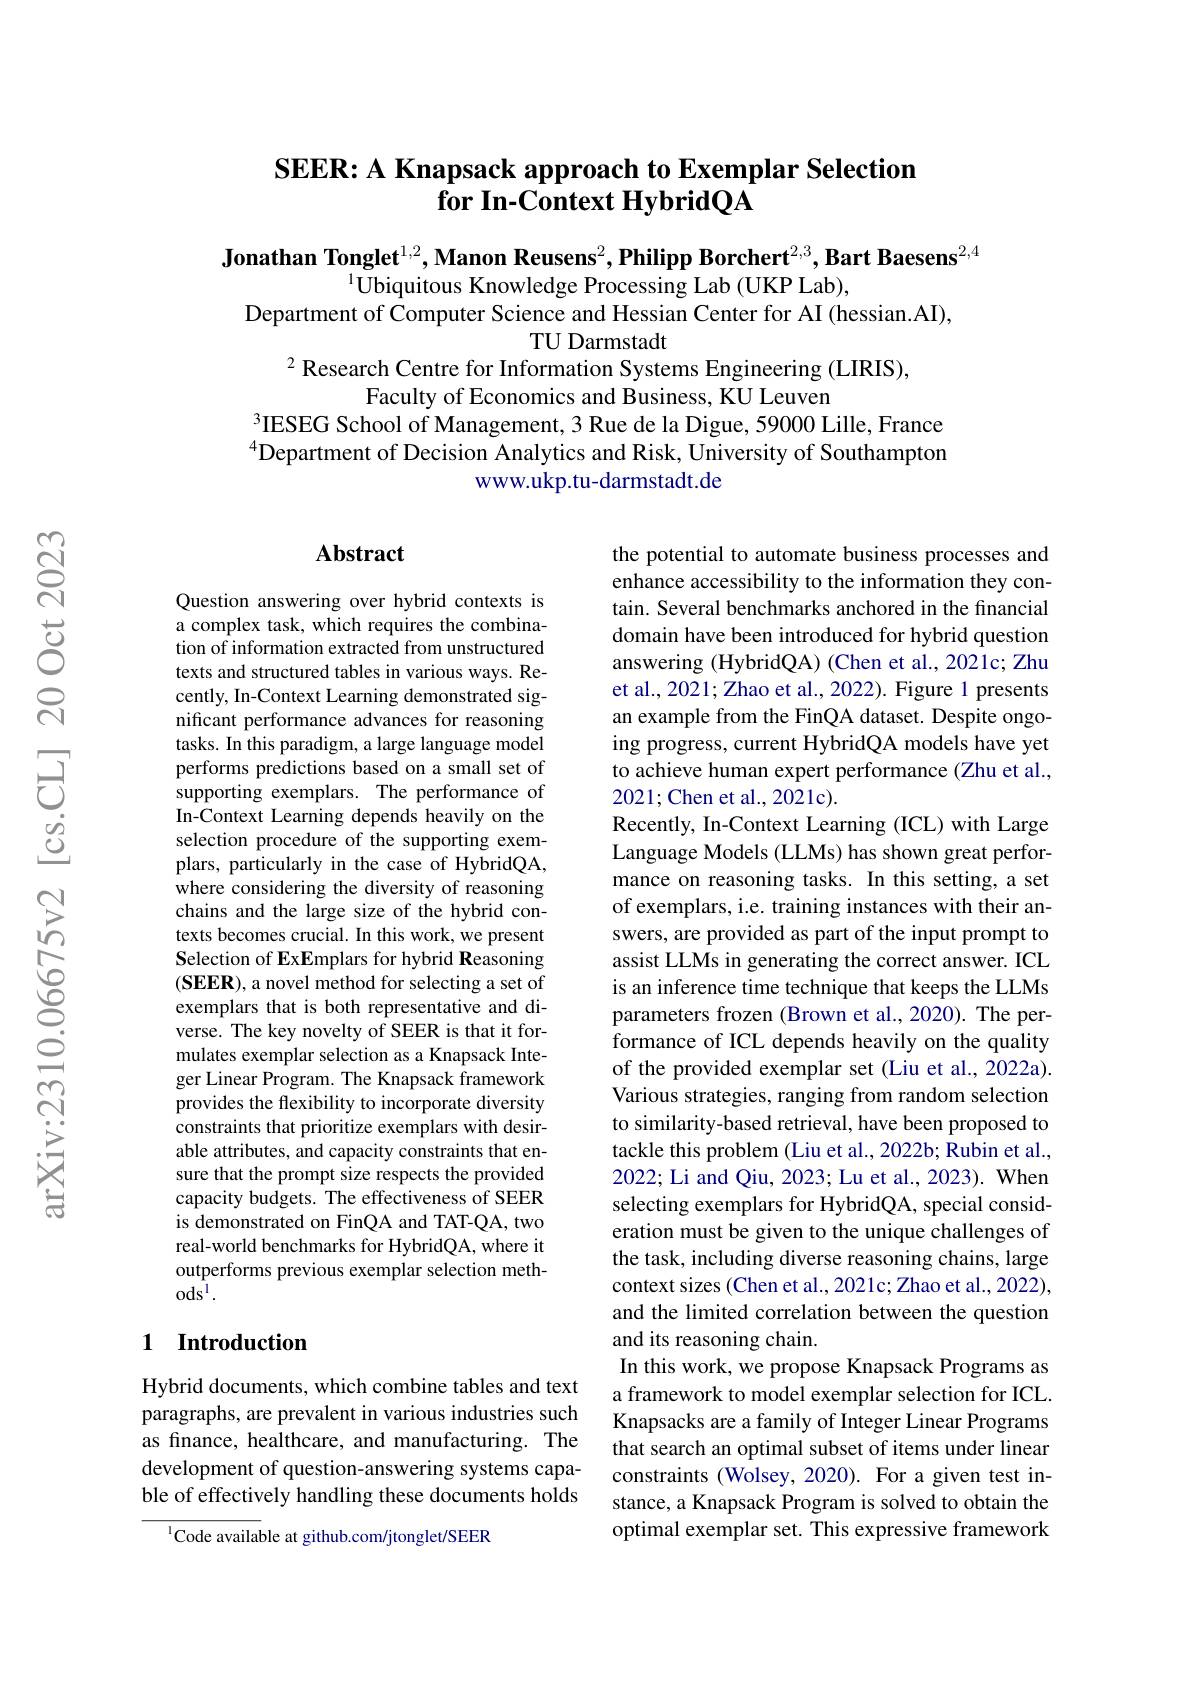
# SEER: A Knapsack approach to Exemplar Selection $\textbf{for In- Context HybridQA}$

Jonathan Tonglet$^1,2$,Manon Reusens$^2,\textbf{Philipp Borchert}^{2,3},\textbf{Bart Baesens}^{2,4}$
$^{1}$Ubiquitous Knowledge Processing Lab (UKP Lab),
Department of Computer Science and Hessian Center for AI (hessian.AI),
TU Darmstadt
$^{2}$ Research Centre for Information Systems Engineering (LIRIS),

Faculty of Economics and Business, KU Leuven
$^{3}$IESEG School of Management, 3 Rue de la Digue, 59000 Lille, France $^{4}$Department of Decision Analytics and Risk, University of Southampton
www.ukp.tu-darmstadt.de

### $\mathbf{Abstract}$

Question answering over hybrid contexts is a complex task, which requires the combination of information extracted from unstructured texts and structured tables in various ways. Recently, In-Context Learning demonstrated significant performance advances for reasoning tasks. In this paradigm, a large language model performs predictions based on a small set of supporting exemplars. The performance of In-Context Learning depends heavily on the selection procedure of the supporting exemplars, particularly in the case of HybridQA, where considering the diversity of reasoning chains and the large size of the hybrid contexts becomes crucial. In this work, we present Selection of ExEmplars for hybrid Reasoning $(\mathbf{SEER})$, a novel method for selecting a set of exemplars that is both representative and diverse. The key novelty of SEER is that it formulates exemplar selection as a Knapsack Integer Linear Program. The Knapsack framework provides the flexibility to incorporate diversity constraints that prioritize exemplars with desirable attributes, and capacity constraints that ensure that the prompt size respects the provided capacity budgets. The effectiveness of SEER is demonstrated on FinQA and TAT-QA, two real-world benchmarks for HybridQA, where it outperforms previous exemplar selection meth- $\mathrm{ods}^{1}.$

the potential to automate business processes and enhance accessibility to the information they contain. Several benchmarks anchored in the financial domain have been introduced for hybrid question answering (HybridQA) (Chen et al., 2021c; Zhu et al., 2021; Zhao et al., 2022). Figure 1 presents an example from the FinQA dataset. Despite ongoing progress, current HybridQA models have yet to achieve human expert performance (Zhu et al., 2021;Chen et al., 2021c).
Recently, In-Context Learning (ICL) with Large Language Models (LLMs) has shown great performance on reasoning tasks. In this setting, a set of exemplars, i.e. training instances with their answers, are provided as part of the input prompt to assist LLMs in generating the correct answer. ICL is an inference time technique that keeps the LLMs parameters frozen (Brown et al.,2020). The performance of ICL depends heavily on the quality of the provided exemplar set (Liu et al., 2022a). Various strategies, ranging from random selection to similarity-based retrieval, have been proposed to tackle this problem (Liu et al., 2022b; Rubin et al., 2022; Li and Qiu, 2023; Lu et al., 2023). When selecting exemplars for HybridQA, special consideration must be given to the unique challenges of the task, including diverse reasoning chains, large context sizes (Chen et al., 2021c; Zhao et al., 2022), and the limited correlation between the question and its reasoning chain.
In this work, we propose Knapsack Programs as a framework to model exemplar selection for ICL. Knapsacks are a family of Integer Linear Programs that search an optimal subset of items under linear constraints (Wolsey, 2020). For a given test instance, a Knapsack Program is solved to obtain the optimal exemplar set. This expressive framework

## 1 Introduction

Hybrid documents, which combine tables and text paragraphs, are prevalent in various industries such as finance, healthcare, and manufacturing. The development of question-answering systems capable of effectively handling these documents holds

$^{1}$Code available at github.com/jtonglet/SEER